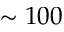
\sim 1 0 0